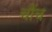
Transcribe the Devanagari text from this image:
चौंच